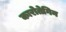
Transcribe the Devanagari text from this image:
कारोतेगिन